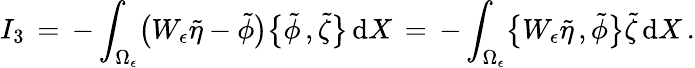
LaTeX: I_{3}\, =\, -\int_{\Omega_{\epsilon}}\bigl(W_{\epsilon}\tilde{\eta}-\tilde{\phi}\bigr)\bigl\{ \tilde{\phi}\, ,\tilde{\zeta}\bigr\} \, \mathrm{d}X\, =\, -\int_{\Omega_{\epsilon}}\bigl\{ W_{\epsilon}\tilde{\eta}\, ,\tilde{\phi}\bigr\} \tilde{\zeta}\, \mathrm{d}X\, .